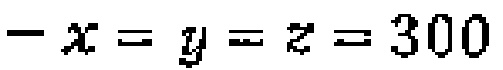
\(-x = y = z = 300\)